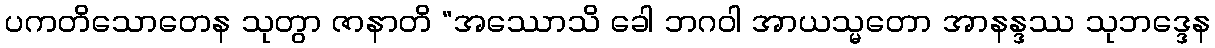
ပကတိသောတေန သုတွာ ဇာနာတိ “အဿောသိ ခေါ ဘဂဝါ အာယသ္မတော အာနန္ဒဿ သုဘဒ္ဒေန